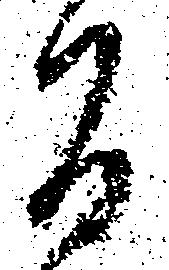
間